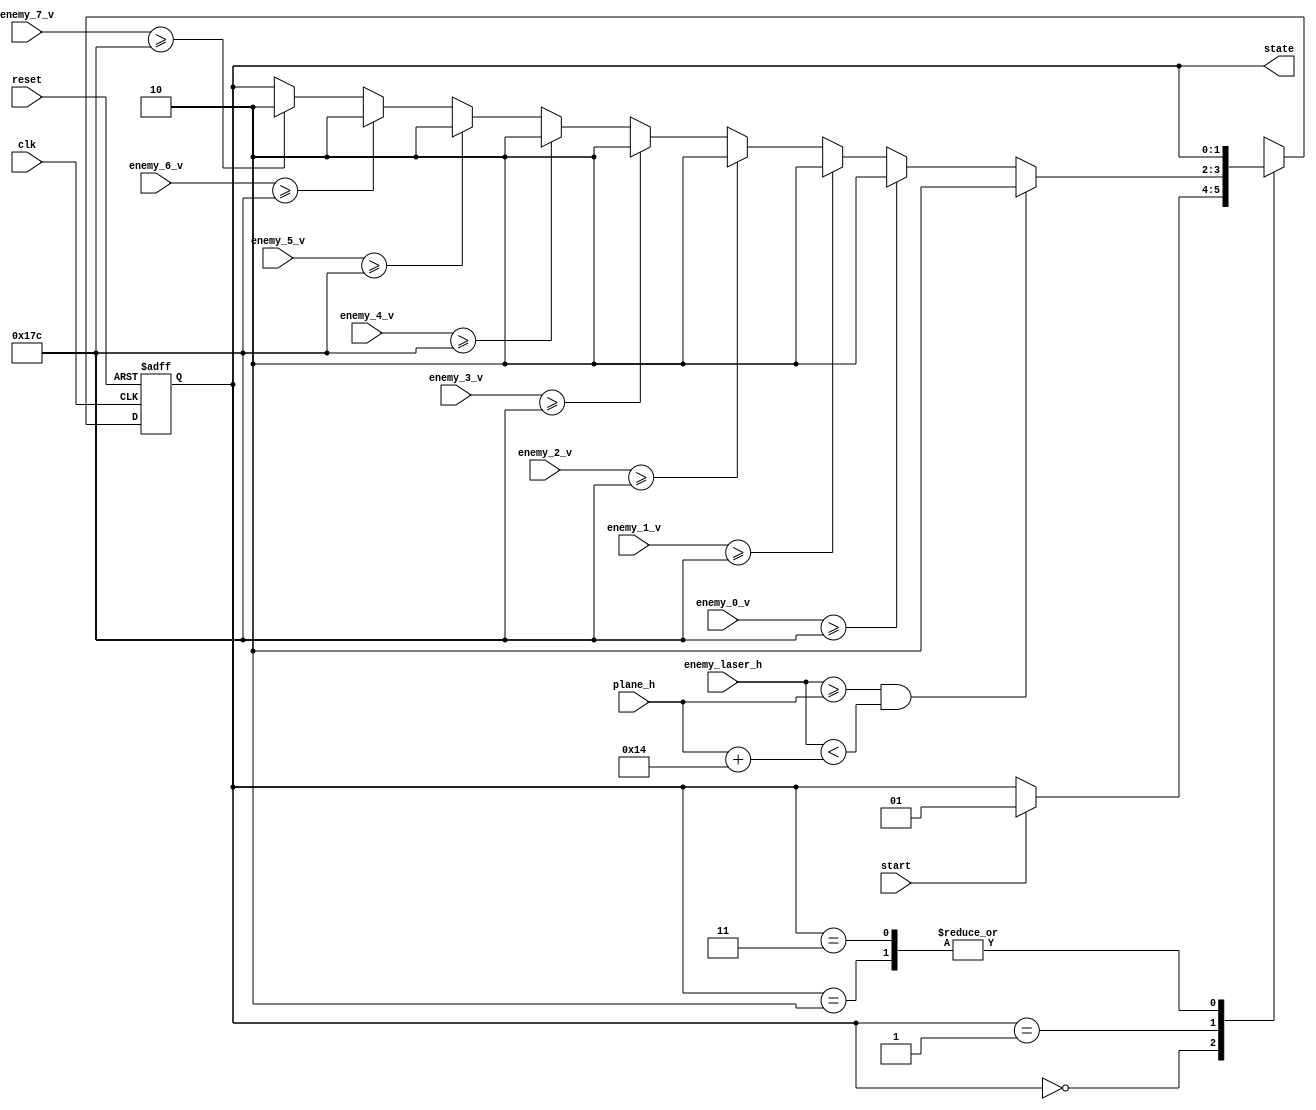
module state_controller(
	input clk,
	input reset,
	input start,
	input [9:0] enemy_laser_h,
	input [9:0] plane_h,
	input [9:0] enemy_0_v,
	input [9:0] enemy_1_v,
	input [9:0] enemy_2_v,
	input [9:0] enemy_3_v,
	input [9:0] enemy_4_v,
	input [9:0] enemy_5_v,
	input [9:0] enemy_6_v,
	input [9:0] enemy_7_v,
	output reg [1:0] state
);

	parameter press_start = 0, playing = 1, gamover = 2;
	parameter gameover_condition = 380;
	
	reg [1:0] next_state;
	
	always @(posedge clk or posedge reset) begin
		if(reset) state <= 0;
		else state <= next_state;
	end
	
	always @(*) begin
		case(state)
			0:	if(start) next_state = playing;
				else next_state = state;
			1:	if(enemy_laser_h >= plane_h && enemy_laser_h < plane_h+20) next_state = gamover;
				else if(enemy_0_v >= 380) next_state = gamover;
				else if(enemy_1_v >= 380) next_state = gamover;
				else if(enemy_2_v >= 380) next_state = gamover;
				else if(enemy_3_v >= 380) next_state = gamover;
				else if(enemy_4_v >= 380) next_state = gamover;
				else if(enemy_5_v >= 380) next_state = gamover;
				else if(enemy_6_v >= 380) next_state = gamover;
				else if(enemy_7_v >= 380) next_state = gamover;
				else next_state = state;
			2:	next_state = state;
			3:	next_state = state;
		endcase
	end
endmodule